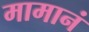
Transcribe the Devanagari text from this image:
मामानं